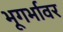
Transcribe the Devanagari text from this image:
भूगर्भावर